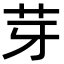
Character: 芽